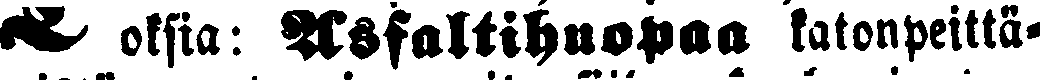
# oksia: Asfalttihuopaa katonpeittä-